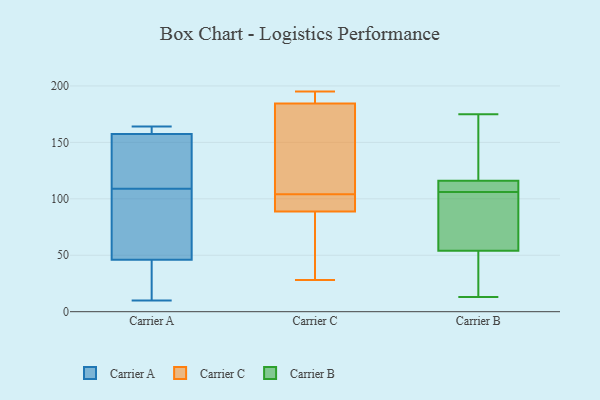
{"axis": {"x": "Humidity (%)", "y": "Value"}, "legend": ["Carrier A", "Carrier B", "Carrier C"], "data": [{"x": "", "y": 123, "type": "Carrier A"}, {"x": "", "y": 96, "type": "Carrier A"}, {"x": "", "y": 37, "type": "Carrier A"}, {"x": "", "y": 64, "type": "Carrier A"}, {"x": "", "y": 10, "type": "Carrier A"}, {"x": "", "y": 109, "type": "Carrier A"}, {"x": "", "y": 162, "type": "Carrier A"}, {"x": "", "y": 162, "type": "Carrier A"}, {"x": "", "y": 49, "type": "Carrier A"}, {"x": "", "y": 164, "type": "Carrier A"}, {"x": "", "y": 131, "type": "Carrier A"}, {"x": "", "y": 156, "type": "Carrier A"}, {"x": "", "y": 36, "type": "Carrier A"}, {"x": "", "y": 104, "type": "Carrier C"}, {"x": "", "y": 28, "type": "Carrier C"}, {"x": "", "y": 121, "type": "Carrier C"}, {"x": "", "y": 186, "type": "Carrier C"}, {"x": "", "y": 180, "type": "Carrier C"}, {"x": "", "y": 87, "type": "Carrier C"}, {"x": "", "y": 128, "type": "Carrier C"}, {"x": "", "y": 195, "type": "Carrier C"}, {"x": "", "y": 32, "type": "Carrier C"}, {"x": "", "y": 75, "type": "Carrier C"}, {"x": "", "y": 189, "type": "Carrier C"}, {"x": "", "y": 94, "type": "Carrier C"}, {"x": "", "y": 102, "type": "Carrier C"}, {"x": "", "y": 104, "type": "Carrier C"}, {"x": "", "y": 195, "type": "Carrier C"}, {"x": "", "y": 153, "type": "Carrier B"}, {"x": "", "y": 77, "type": "Carrier B"}, {"x": "", "y": 69, "type": "Carrier B"}, {"x": "", "y": 111, "type": "Carrier B"}, {"x": "", "y": 28, "type": "Carrier B"}, {"x": "", "y": 54, "type": "Carrier B"}, {"x": "", "y": 116, "type": "Carrier B"}, {"x": "", "y": 107, "type": "Carrier B"}, {"x": "", "y": 105, "type": "Carrier B"}, {"x": "", "y": 16, "type": "Carrier B"}, {"x": "", "y": 13, "type": "Carrier B"}, {"x": "", "y": 112, "type": "Carrier B"}, {"x": "", "y": 175, "type": "Carrier B"}, {"x": "", "y": 164, "type": "Carrier B"}]}